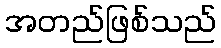
အတည်ဖြစ်သည်